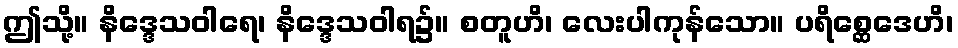
ဤသို့။ နိဒ္ဒေသဝါရေ၊ နိဒ္ဒေသဝါရ၌။ စတူဟိ၊ လေးပါကုန်သော။ ပရိစ္ဆေဒေဟိ၊